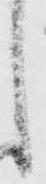
し